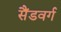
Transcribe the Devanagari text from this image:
सैंडवर्ग